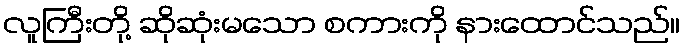
လူကြီးတို့ ဆိုဆုံးမသော စကားကို နားထောင်သည်။